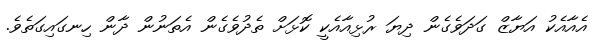
އެއާއެކު އަޔާޒް ގަދަވެގެން ދިޔަ ރުޅިއާއެކީ ކޮޅަށް ތެދުވެގެން އެތަނުން ދާން ހިނގައިގަތެވެ.